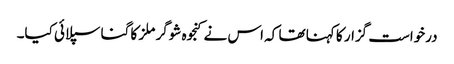
درخواست گزار کا کہنا تھا کہ اس نے کنجوہ شوگر ملز کا گنا سپلائی کیا۔